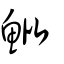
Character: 魮